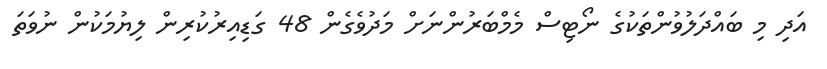
އަދި މި ބައްދަލުވުންތަކުގެ ނޯޓިސް މެމްބަރުންނަށް މަދުވެގެން 48 ގަޑިއިރުކުރިން ލިޔުމަކުން ނުވަތަ